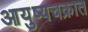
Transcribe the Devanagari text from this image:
आयुष्यचक्रात